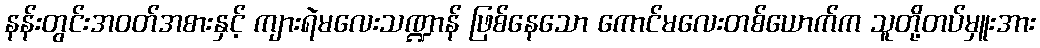
နန်းတွင်းအဝတ်အစားနှင့် ကျားရဲမလေးသဏ္ဍာန် ဖြစ်နေသော ကောင်မလေးတစ်ယောက်က သူတို့တပ်မှူးအား